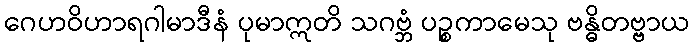
ဂေဟဝိဟာရဂါမာဒီနံ ပုမာဣတိ သဂဗ္ဘံ ပဉ္စကာမေသု ဗန္ဓိတဗ္ဗာယ